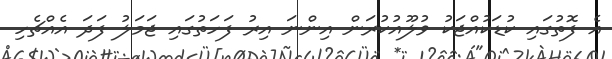
އެ ފޮތުގައި ކުޑަކުއްޖަކު ވުލޫއުކުރަން އިންނަ އިރު ފަހަތުގައި ޖަމަލު ފަދަ އެއްޗެހި